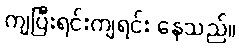
ကျပြီးရင်းကျရင်း နေသည်။